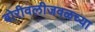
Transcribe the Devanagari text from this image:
बोरीवलीजवळच्या